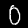
Digit: 0